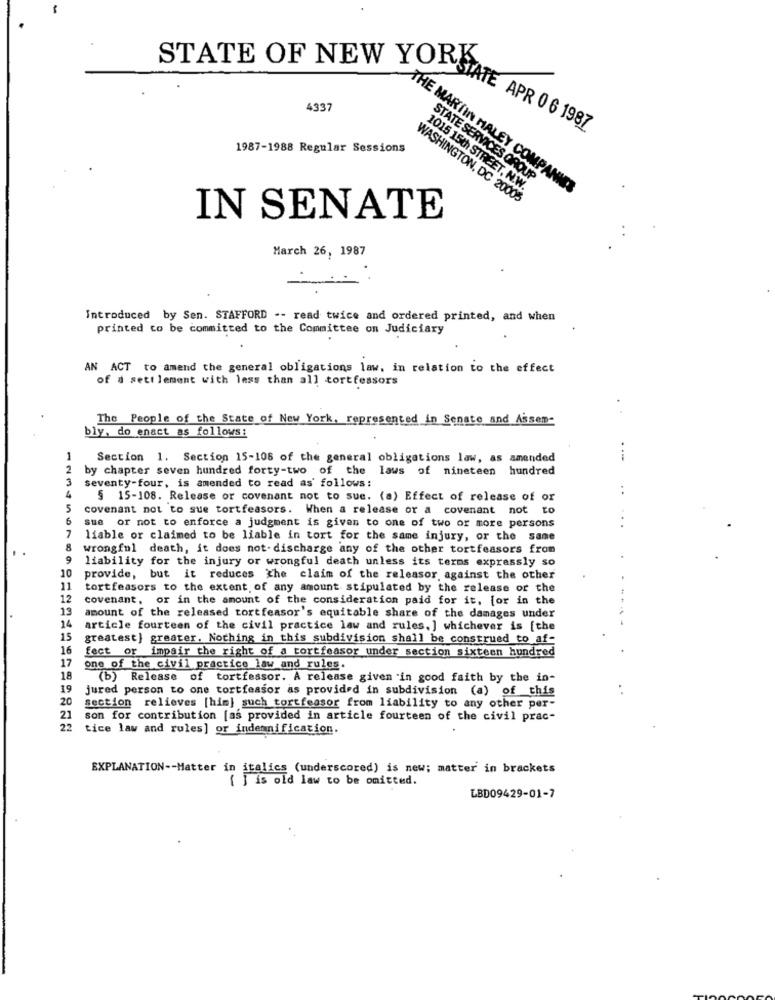
STATE OF NEW YORK
4337
STATE APR 0 6 1987
1987-1988 Regular Sessions
STATE SERVICES GROUP
THE MARTIN MALEY COMPANIES
1015 15th STREET, N.W.
WASHINGTON, DC 20003
IN SENATE
March 26, 1987
Introduced by Sen. STAFFORD -- read twice and ordered printed, and when
printed to be committed to the Committee on Judiciary
AN ACT to amend the general obligations law, in relation to the effect
of d sett lement with less than all tortfessors
The People of the State of New York, represented in Senate and Assem-
bly, do enact as follows:
Section 1. Section 15-108 of the general obligations law, as amended
by chapter seven hundred forty-two of the laws of nineteen hundred
seventy-four, is amended to read as follows:
..
§ 15-108. Release or covenant not to sue. (a) Effect of release of or
5
covenant not to sue tortfeasors. When a release or a covenant not to
sue or not to enforce a judgment is given to one of two or more persons
..
7
liable or claimed to be liable in tort for the same injury, or the same
wrongful death, it does not- discharge any of the other tortfeasors from
9
liability for the injury or wrongful death unless its terms expressly so
10
provide, but it reduces the claim of the releasor against the other
11
tortfeasors to the extent of any amount stipulated by the release of the
12
covenant, or in the amount of the consideration paid for it. [or in the
19
amount of the released tortfeasor's equitable share of the damages under
14
article fourteen of the civil practice law and rules, ] whichever is [the
15
greatest] greater. Nothing in this subdivision shall be construed to af-
16
fect or impair the right of a tortfeasor under section sixteen hundred
17
one of the civil practice law and rules.
18
(b) Release of tortfessor. A release given in good faith by the in-
19
jured person to one tortfeasor as provided in subdivision (a) of this
20
section relieves [him] such tortfeasor from liability to any other per-
21
son for contribution [as provided in article fourteen of the civil prac-
22
tice law and rules] or indennification.
EXPLANATION -- Matter in italics (underscored) is new; matter in brackets
[ ] is old law to be omitted.
LBD09429-01-7